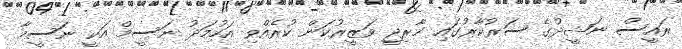
ރައީސް ނަޝީދުގެ ސަރުކާރުގައި ޚާރިޖީ ވަޒީރުކަން ކުރެއްވި އަހުމަދު ނަސީމް އަކީ ނަސީމާ